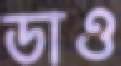
ডাও